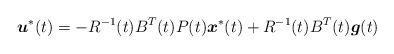
LaTeX: \begin{align*}&\boldsymbol{u}^*(t)= - R^{-1}(t) B^T(t) P(t) \boldsymbol{x}^*(t) + R^{-1}(t) B^T(t)\boldsymbol{g}(t) \end{align*}